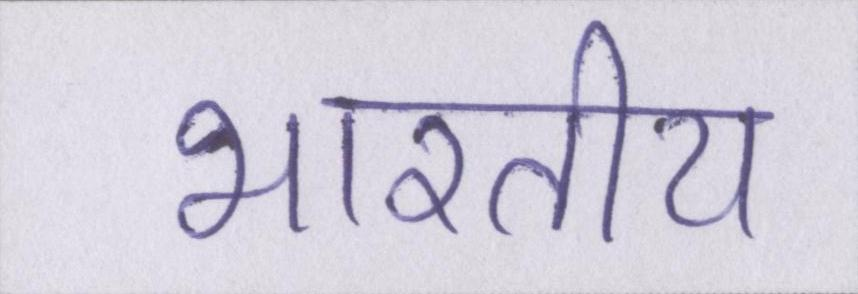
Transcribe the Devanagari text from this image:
भारतीय